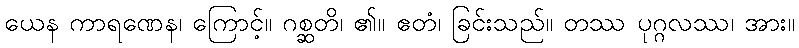
ယေန ကာရဏေန၊ ကြောင့်။ ဂစ္ဆတိ၊ ၏။ ဧတံ၊ ခြင်းသည်။ တဿ ပုဂ္ဂလဿ၊ အား။